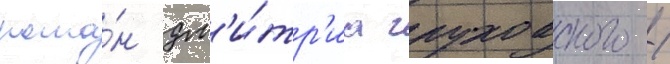
рома́н дм'и́тр'иа глуховского /